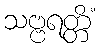
သဗ္ဗရတ္တိံ